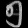
Digit: ၅